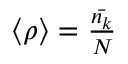
\begin{array} { r } { \left\langle \rho \right\rangle = \frac { \bar { n _ { k } } } { N } } \end{array}